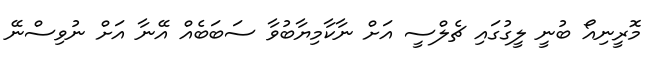
މޮރީނިއޯ ބުނީ ލީގުގައި ޗެލްސީ އަށް ނާކާމިޔާބުވާ ސަބަބެއް އޭނާ އަށް ނުވިސްނޭ